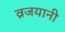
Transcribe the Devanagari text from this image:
व्रजयानी